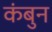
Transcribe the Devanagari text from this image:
कंबुन